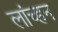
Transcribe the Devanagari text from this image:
लांच्हन